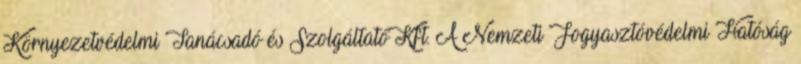
Környezetvédelmi Tanácsadó és Szolgáltató Kft. A Nemzeti Fogyasztóvédelmi Hatóság